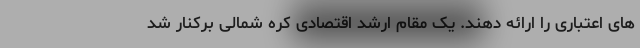
های اعتباری را ارائه دهند. یک مقام ارشد اقتصادی کره شمالی برکنار شد